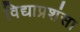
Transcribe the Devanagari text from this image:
विद्याप्रशंसा